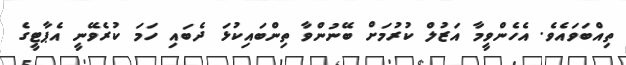
ތިއްބަވައެވެ. އެހެންވީމާ އަޒުލް ކުރުމަށް ބޭނުންވާ ތިންބައިކުޅަ ދެބައި ހަމަ ކުރެވޭނީ އެޕާޓީގެ